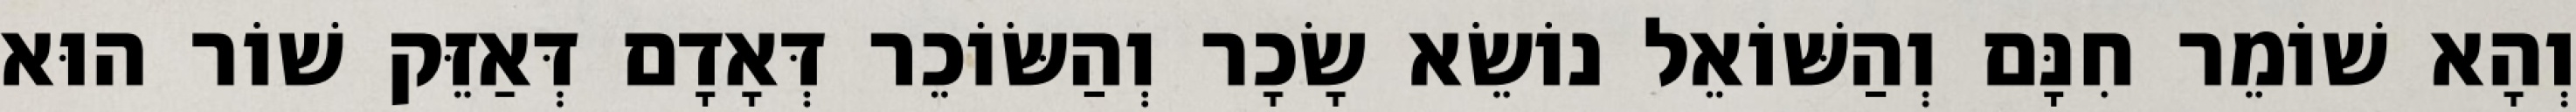
וְהָא שׁוֹמֵר חִנָּם וְהַשּׁוֹאֵל נוֹשֵׂא שָׂכָר וְהַשּׂוֹכֵר דְּאָדָם דְּאַזֵּק שׁוֹר הוּא